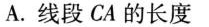
A.线段CA的长度